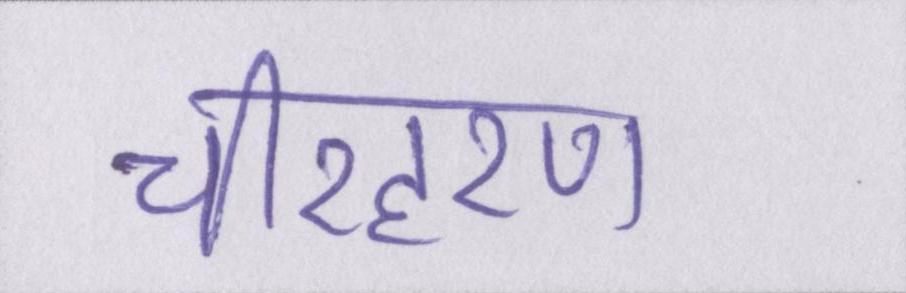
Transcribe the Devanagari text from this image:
चीरहरण